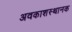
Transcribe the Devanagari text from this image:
अवकाशस्थानक